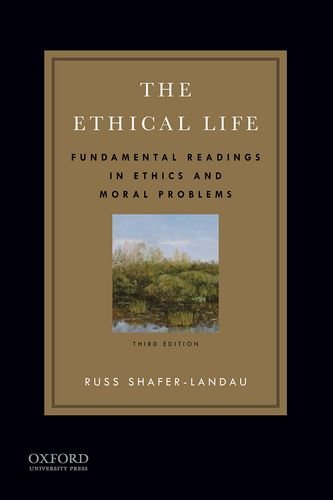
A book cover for The Ethical Life: Fundamental Readings in Ethics and Moral Problems; Russ Shafer-Landau; Politics & Social Sciences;